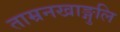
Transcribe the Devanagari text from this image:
ताम्रनखाङ्गुलि